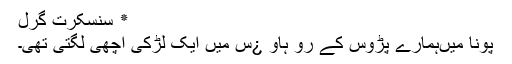
٭ سنسکرت گرل
پونا میںہمارے پڑوس کے رو ہاو ¿س میں ایک لڑکی اچھی لگتی تھی۔